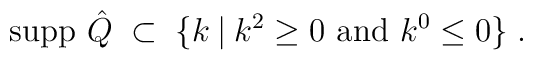
{\mbox{supp }} \hat{Q} \;\subset\; \{ k \:|\: k^2 \geq 0 {\mbox{ and }}k^0 \leq 0 \} \;.